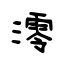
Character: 澪